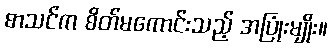
စာသင်က စိတ်မကောင်းသည့် အပြုံးမျိုး။